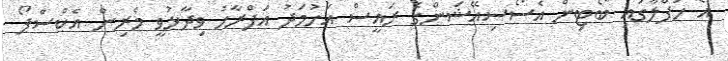
އެ ހަފްލާގައި ބޯޓިން އެސޯސިއޭޝަންގެ ރައީސް އަހުމަދު އަފްރާހު ވިދާޅުވީ މެރިން އެކްސްޕޯ